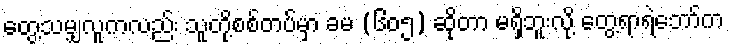
တွေ့သမျှလူကလည်း သူတို့စစ်တပ်မှာ ခမ (၆၀၅) ဆိုတာ မရှိဘူးလို့ တွေ့ရာရဲဘော်က